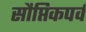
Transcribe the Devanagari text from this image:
सौप्तिकपर्व